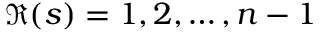
\Re ( s ) = 1 , 2 , \dots , n - 1